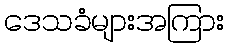
ဒေသခံများအကြား